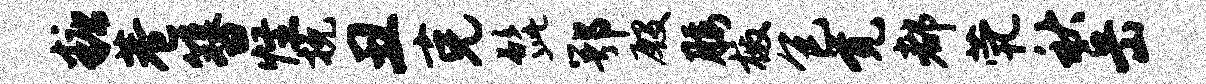
糖巷簪怪挽丑克髭鄂殷腰檄包觉都茕秋岳